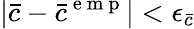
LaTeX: |\bar{c}-\bar{c}^{\mathrm{~e~m~p~}}|<\epsilon_{\bar{c}}